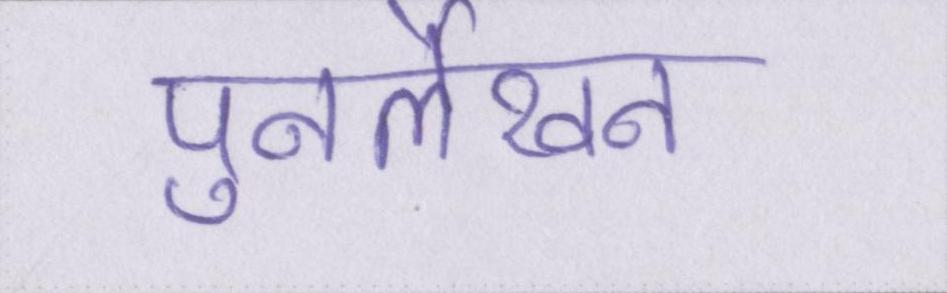
पुनर्लेखन